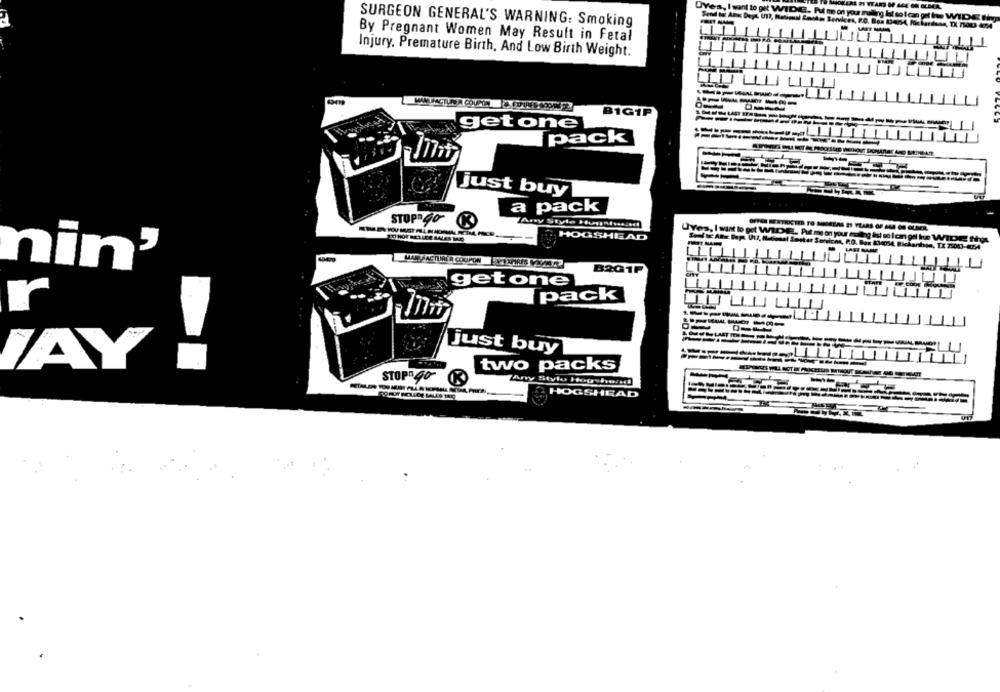
Oves, I want to get WID
--
SURGEON GENERAL'S WARNING: Smoking
By Pregnant Women May Result in Fetal
Injury, Premature Birth, And Low Birth Weight.
B1G1P
get one
pack
-------
just buy
a pack
STUP 40 1
OFFER RESTRICTED TO MNIEEAS IT YEARS OF ALE GA OUDER
HOGSHEAD
Oves, I want to get WIDE :. Put me on your wolny ist so lon oil hue WIDE that
nin'
B201P
get one
1
pack
r
------
just buy
two packs
-
STOPA40
Any litylo Hogyher
-
HOGSHEAD